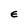
Character: E